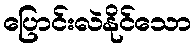
ပြောင်းလဲနိုင်သော